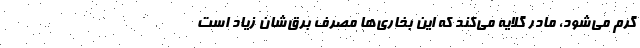
گرم می‌شود، مادر گلایه می‌کند که این بخاری‌ها مصرف برق‌شان زیاد است